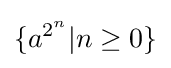
\{a^{2^{n}}|n\geq 0\}